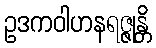
ဥဒကဝါဟနရဇ္ဇုန္တိ